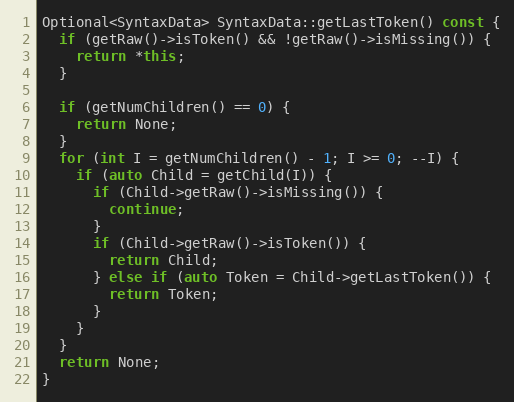
Language: C++
Optional<SyntaxData> SyntaxData::getLastToken() const {
  if (getRaw()->isToken() && !getRaw()->isMissing()) {
    return *this;
  }

  if (getNumChildren() == 0) {
    return None;
  }
  for (int I = getNumChildren() - 1; I >= 0; --I) {
    if (auto Child = getChild(I)) {
      if (Child->getRaw()->isMissing()) {
        continue;
      }
      if (Child->getRaw()->isToken()) {
        return Child;
      } else if (auto Token = Child->getLastToken()) {
        return Token;
      }
    }
  }
  return None;
}